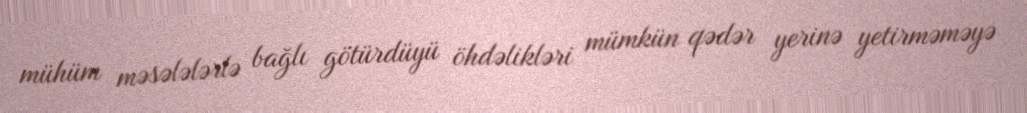
mühüm məsələlərlə bağlı götürdüyü öhdəlikləri mümkün qədər yerinə yetirməməyə